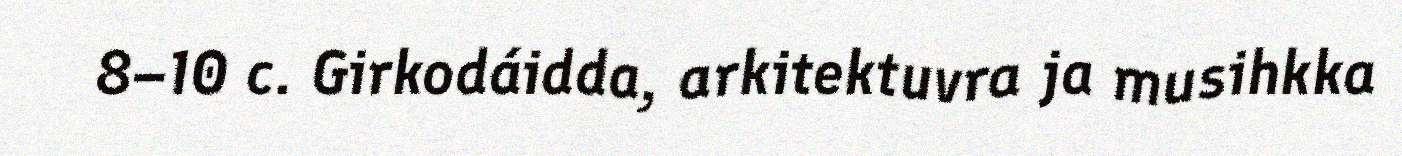
8–10 c. Girkodáidda, arkitektuvra ja musihkka